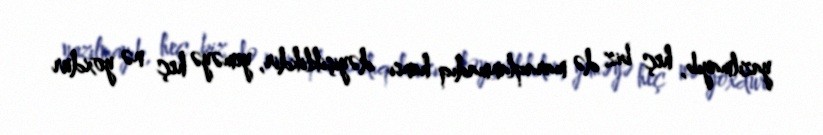
yazılmayıb, heç biz də maraqlanmadıq hansı dəyişiklikdir, yeməyə heç nə yoxdur